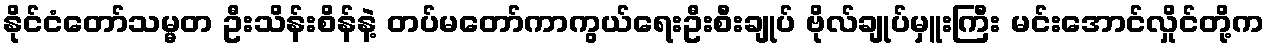
နိုင်ငံတော်သမ္မတ ဦးသိန်းစိန်နဲ့ တပ်မတော်ကာကွယ်ရေးဦးစီးချုပ် ဗိုလ်ချုပ်မှူးကြီး မင်းအောင်လှိုင်တို့က